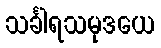
သင်္ခါရသမုဒယေ